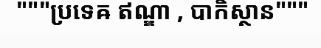
"""ប្រទេឝ ឥណ្ឌា , បាកិស្ថាន"""